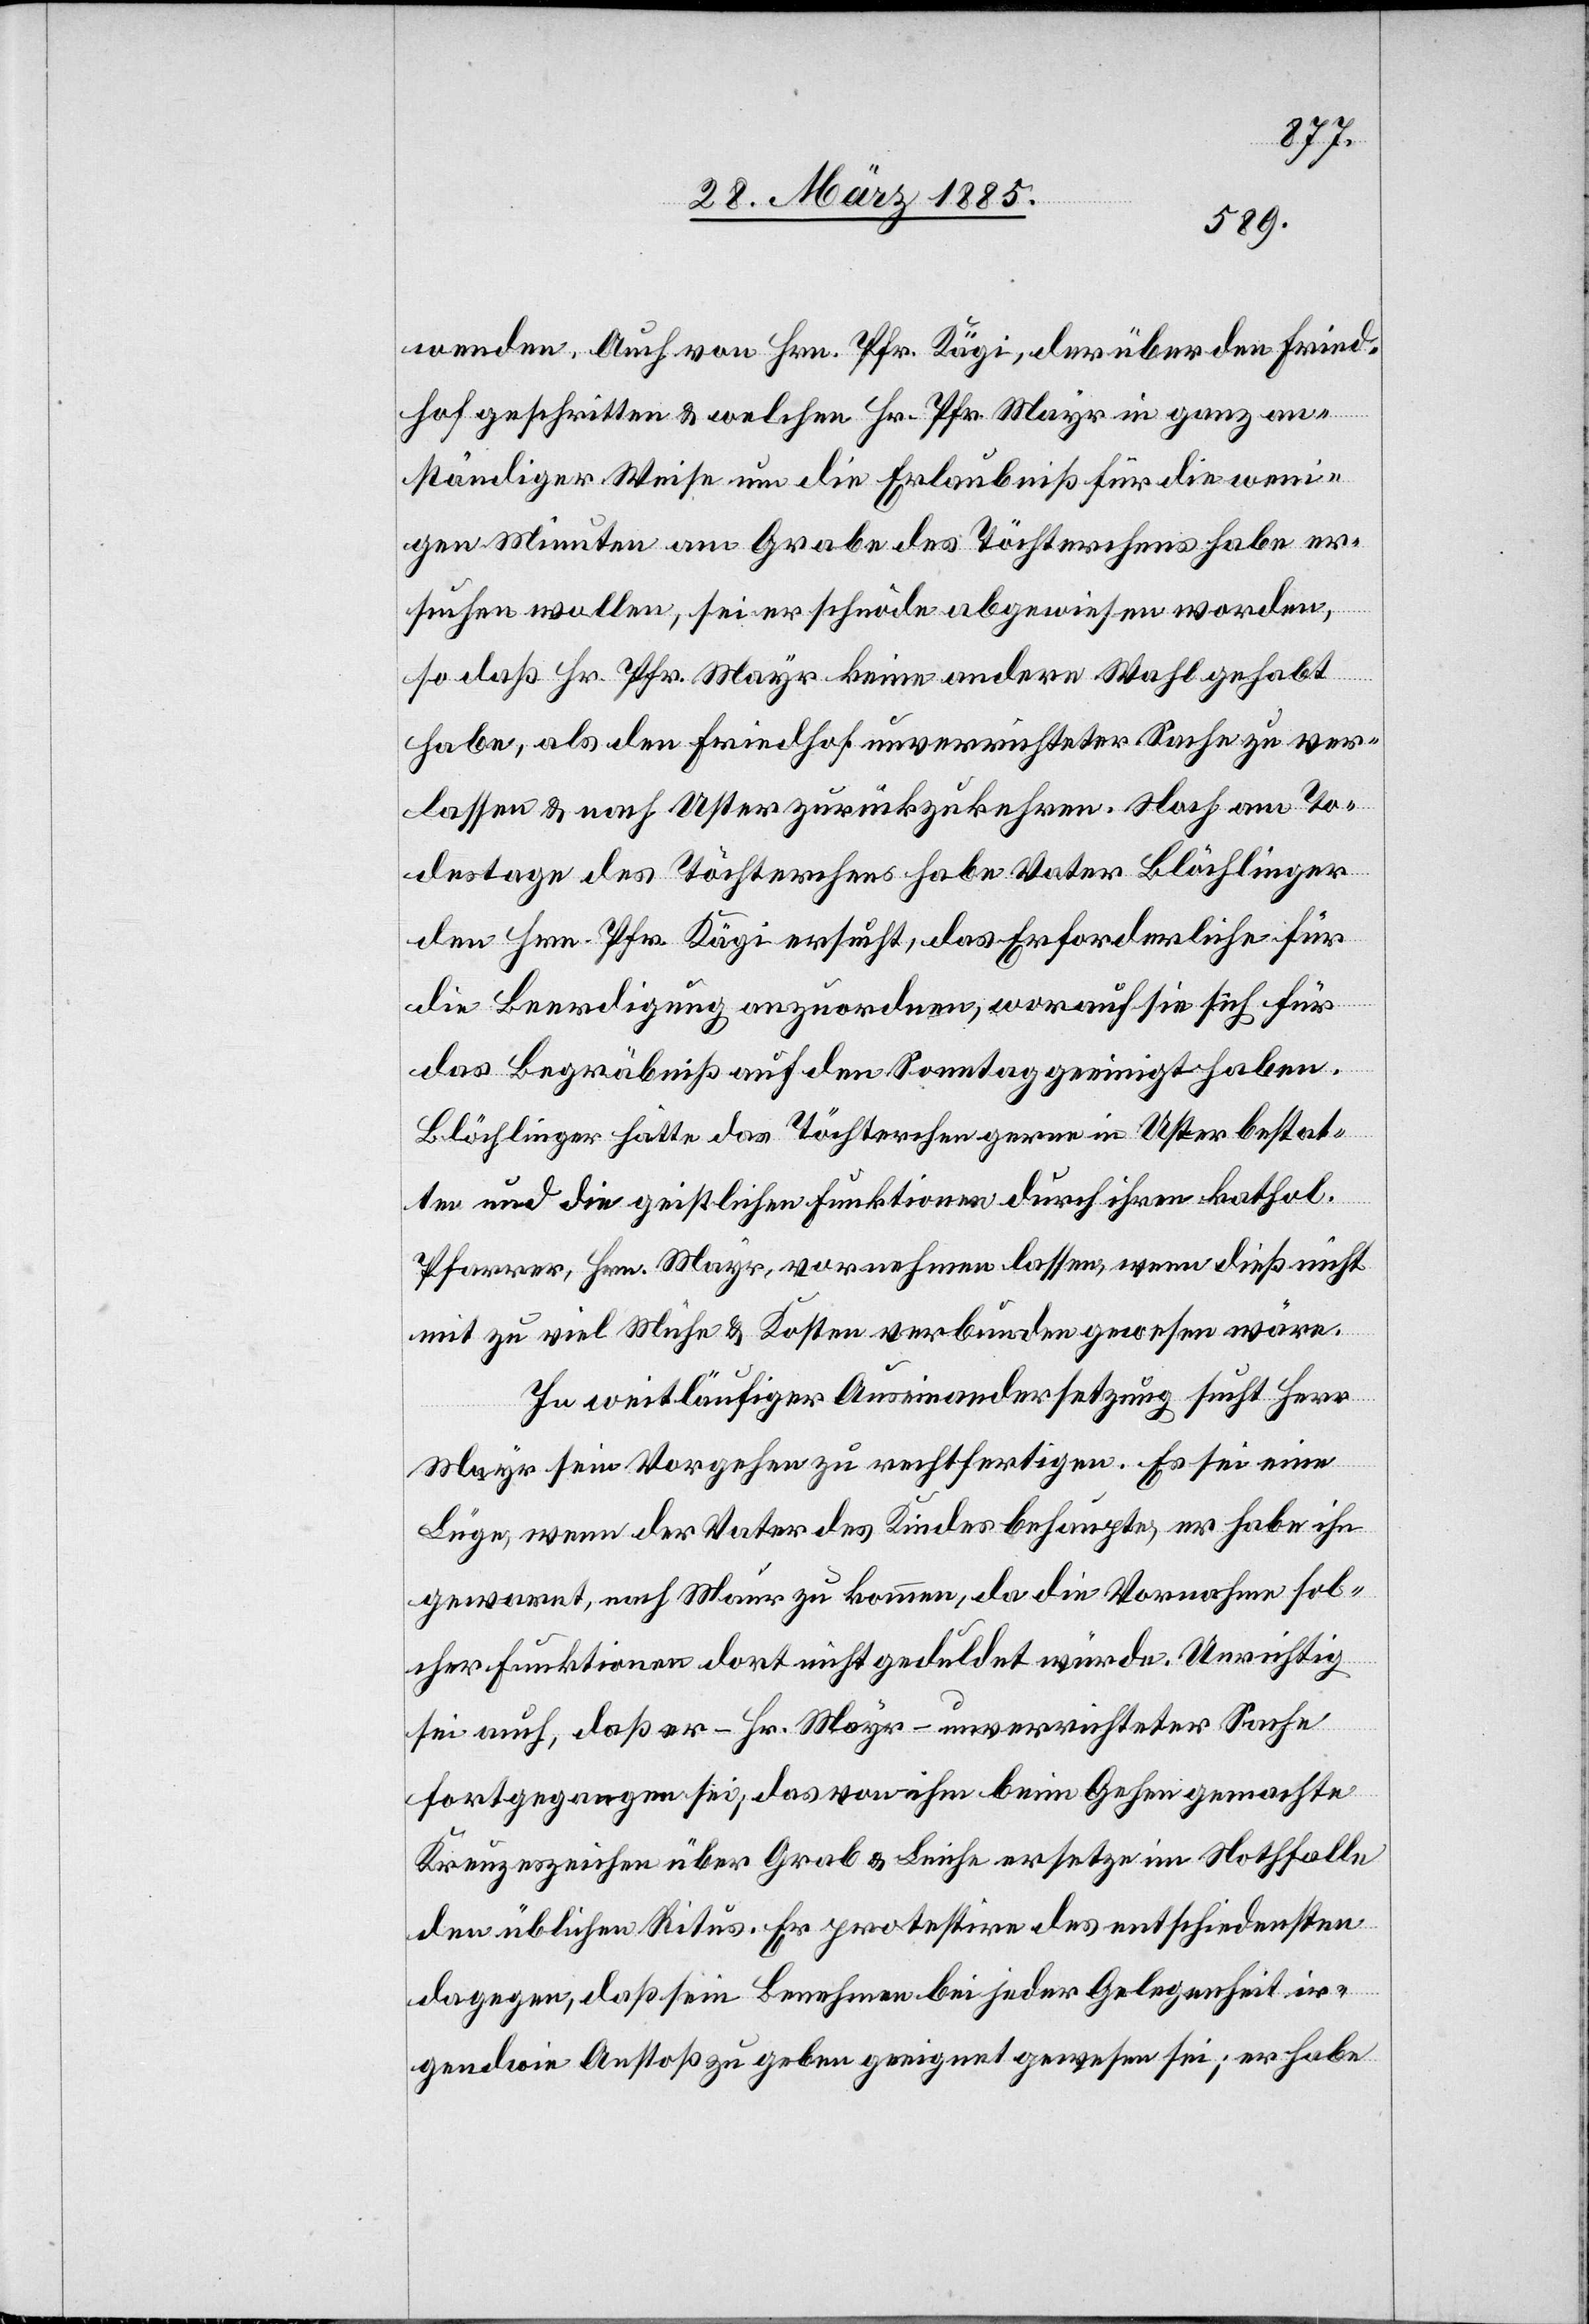
wenden. Auch von Hrn. Pfr. Kägi, der über den Fried¬
hof geschritten & welchen Hr. Pfr. Mayr in ganz an¬
ständiger Weise um die Erlaubniß für die weni¬
gen Minuten am Grabe des Töchterchens habe er¬
suchen wollen, sei er schnöde abgewiesen worden,
so daß Hr. Pfr. Mayr keine andere Wahl gehabt
habe, als den Friedhof unverrichteter Sache zu ver¬
lassen & nach Uster zurückzukehren. Noch am To¬
destage des Töchterchens habe Vater Blöchlinger
den Hrn. Pfr. Kägi ersucht, das Erforderliche für
die Beerdigung anzuordnen, worauf sie sich für
das Begräbniß auf den Sonntag geeinigt haben.
Blöchlinger hätte das Töchterchen gerne in Uster bestat¬
ten und die geistlichen Funktionen durch ihren kathol.
Pfarrer, Hrn. Mayr, vornehmen lassen, wenn dieß nicht
mit zu viel Mühe & Kosten verbunden gewesen wäre.
In weitläufiger Auseinandersetzung sucht Hr.
Mayr sein Vorgehen zu rechtfertigen. Es sei eine
Lüge, wenn der Vater des Kindes behaupte, er habe ihn
gewarnt, nach Maur zu kommen, da die Vornahme sol¬
cher Funktionen dort nicht geduldet würde. Unrichtig
sei auch, daß er – Hr. Mayr – unverrichteter Sache
fortgegangen sei, das von ihm beim Gehen gemachte
Kreuzzeichen über Grab & Leiche ersetze im Nothfalle
den üblichen Ritus. Er protestire des entschiedensten
dagegen, daß sein Benehmen bei jeder Gelegenheit ir¬
gendwie Anstoß zu geben geeignet gewesen sei; er habe